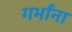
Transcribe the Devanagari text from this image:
गर्भांना